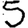
Digit: 5